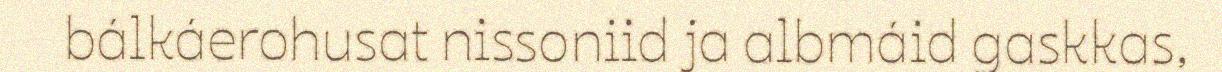
bálkáerohusat nissoniid ja albmáid gaskkas,